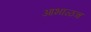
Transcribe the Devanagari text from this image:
आभाळच